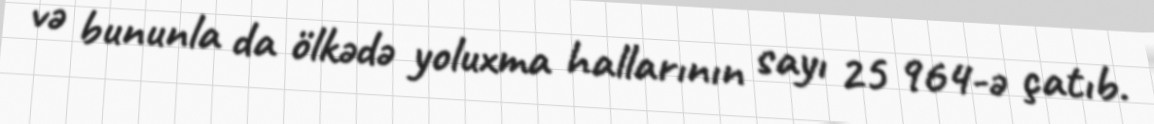
və bununla da ölkədə yoluxma hallarının sayı 25 964-ə çatıb.